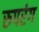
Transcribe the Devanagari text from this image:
रुपरंग